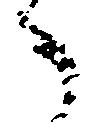
へ